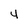
Character: 4